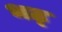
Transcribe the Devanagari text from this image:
भट्